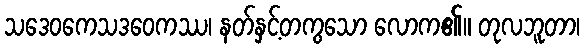
သဒေဝကေသဒဝေကဿ၊ နတ်နှင့်တကွသော လောက၏။ တုလဘူတာ၊